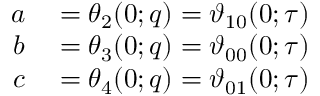
\begin{array} { r l } { a } & { { } = \theta _ { 2 } ( 0 ; q ) = \vartheta _ { 1 0 } ( 0 ; \tau ) } \\ { b } & { { } = \theta _ { 3 } ( 0 ; q ) = \vartheta _ { 0 0 } ( 0 ; \tau ) } \\ { c } & { { } = \theta _ { 4 } ( 0 ; q ) = \vartheta _ { 0 1 } ( 0 ; \tau ) } \end{array}